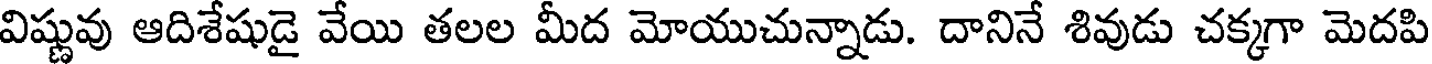
విష్ణువు ఆదిశేషుడై వేయి తలల మీద మోయుచున్నాడు. దానినే శివుడు చక్కగా మెదపి